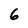
Character: 6